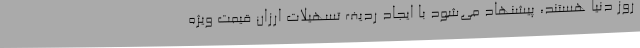
روز دنیا هستند، پیشنهاد می‌شود با ایجاد ردیف تسهیلات ارزان قیمت ویژه